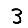
Digit: 3